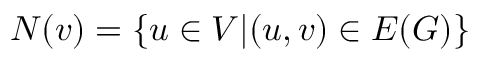
N ( v ) = \{ u \in V | ( u , v ) \in E ( G ) \}